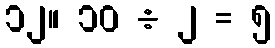
၁၂။ ၁၀ ÷ ၂ = ၅